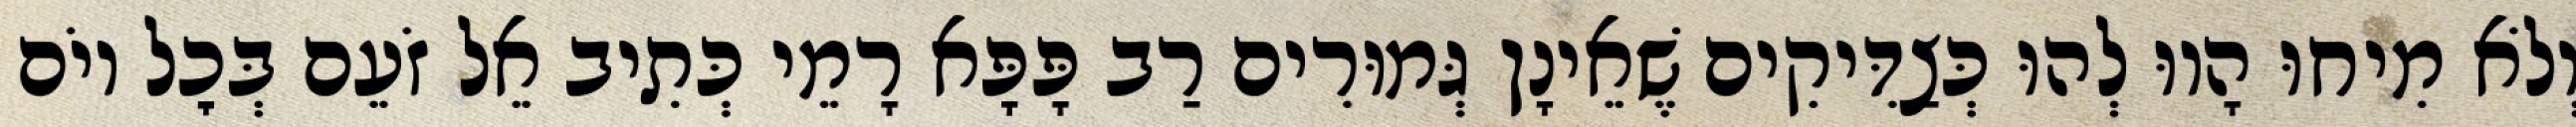
וְלֹא מִיחוּ הָווּ לְהוּ כְּצַדִּיקִים שֶׁאֵינָן גְּמוּרִים רַב פָּפָּא רָמֵי כְּתִיב אֵל זֹעֵם בְּכׇל יוֹם